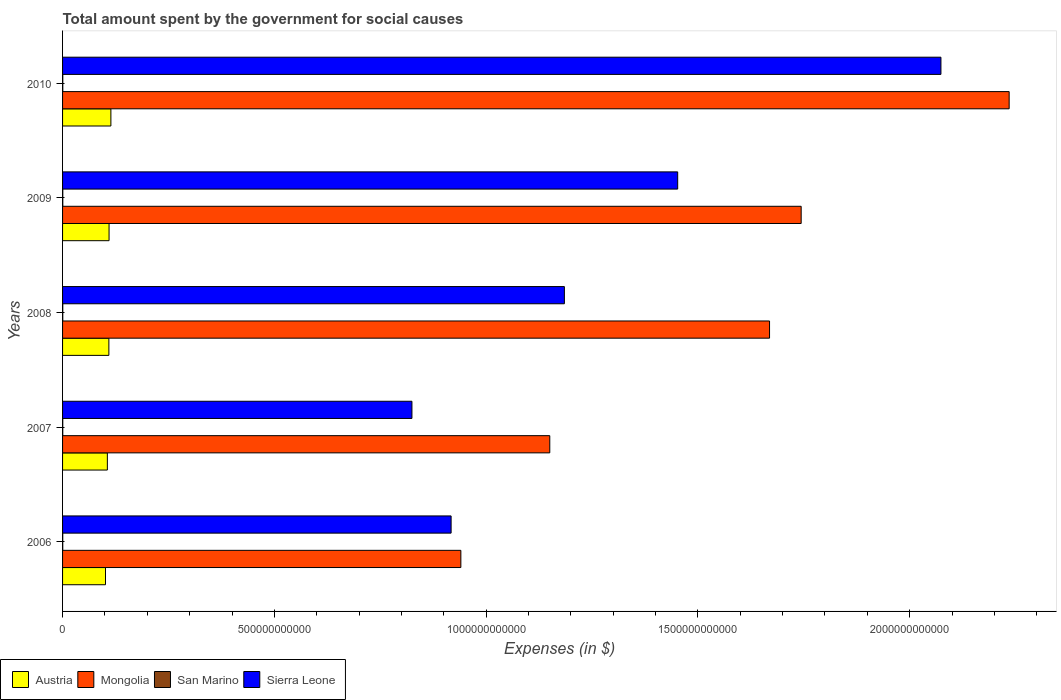
| Years | Austria | Mongolia | San Marino | Sierra Leone |
 | --- | --- | --- | --- | --- |
 | 2006 | 1.01e+11 | 9.4e+11 | 4.46e+08 | 9.17e+11 |
 | 2007 | 1.06e+11 | 1.15e+12 | 4.86e+08 | 8.25e+11 |
 | 2008 | 1.09e+11 | 1.67e+12 | 5.02e+08 | 1.18e+12 |
 | 2009 | 1.1e+11 | 1.74e+12 | 5.34e+08 | 1.45e+12 |
 | 2010 | 1.14e+11 | 2.23e+12 | 5.29e+08 | 2.07e+12 |